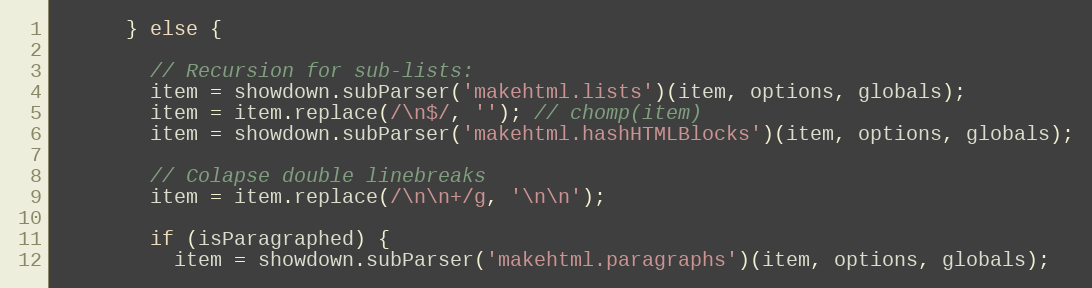
Language: JavaScript
      } else {

        // Recursion for sub-lists:
        item = showdown.subParser('makehtml.lists')(item, options, globals);
        item = item.replace(/\n$/, ''); // chomp(item)
        item = showdown.subParser('makehtml.hashHTMLBlocks')(item, options, globals);

        // Colapse double linebreaks
        item = item.replace(/\n\n+/g, '\n\n');

        if (isParagraphed) {
          item = showdown.subParser('makehtml.paragraphs')(item, options, globals);